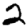
Digit: 2